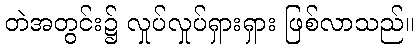
တဲအတွင်း၌ လှုပ်လှုပ်ရှားရှား ဖြစ်လာသည်။